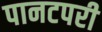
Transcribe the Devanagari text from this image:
पानटपरी